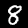
Digit: 8